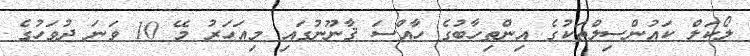
ލޯކަލް ކައުންސިލްތަކުގެ އިންތިހާބުގެ ހާއްސަ ޤާނޫނުގައި މިއަހަރު މޭ 10 ވަނަ ދުވަހުގެ